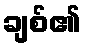
ချစ်၏